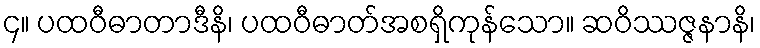
၄။ ပထဝီဓာတာဒီနိ၊ ပထဝီဓာတ်အစရှိကုန်သော။ ဆဝိဿဇ္ဇနာနိ၊